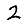
Digit: 2